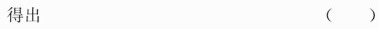
得出 ()